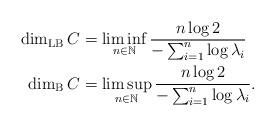
LaTeX: \begin{align*} \dim_{\rm LB}C &= \liminf_{n\in\mathbb{N}} \frac{n\log 2}{-\sum_{i=1}^{n}\log\lambda_{i}}\\ \qquad\dim_{\rm B}C &= \limsup_{n\in\mathbb{N}} \frac{n\log 2}{-\sum_{i=1}^{n}\log\lambda_{i}}.\label{upper boxcounting dimension inequality} \end{align*}